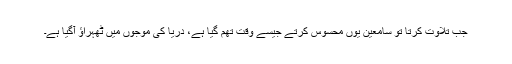
جب تلاوت کرتا تو سامعین یوں محسوس کرتے جیسے وقت تھم گیا ہے، دریا کی موجوں میں ٹھہراؤ آگیا ہے۔